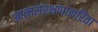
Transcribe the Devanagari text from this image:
आत्मसंरक्षणाकरिता